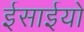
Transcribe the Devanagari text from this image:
ईसाईयो